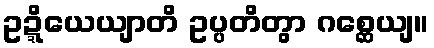
ဥဍ္ဍိယေယျာတိ ဥပ္ပတိတွာ ဂစ္ဆေယျ။